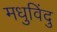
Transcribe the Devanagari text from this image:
मधुविंदु